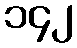
၁၄၂